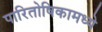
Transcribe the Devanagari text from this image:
पारितोषिकामध्ये